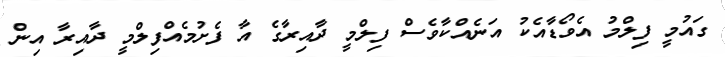
ގައުމީ ފިލްމު އެވޯޑާއެކު އަނެއްކާވެސް ފިލްމީ ދާއިރާގެ އާ ފެށުމެއްފިލްމީ ދާއިރާ އިން